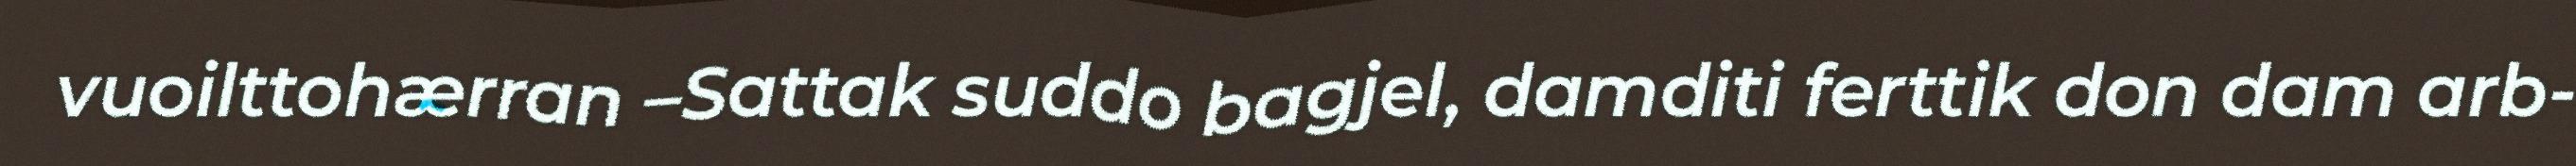
vuoilttohærran –Sattak suddo bagjel, damditi ferttik don dam arb-